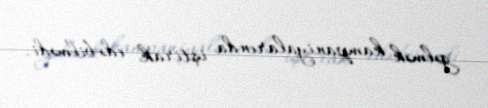
gəlmək kampaniyalarında iştirak edə bilmədi.